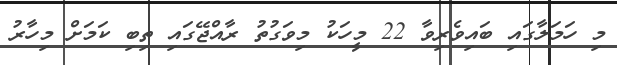
މި ހަމަލާގައި ބައިވެރިވާ 22 މީހަކު މިވަގުތު ރާއްޖޭގައި ތިބި ކަމަށް މިހާރު